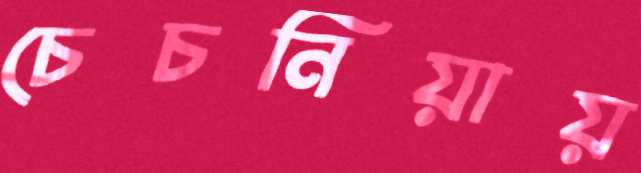
চেচনিয়ায়